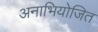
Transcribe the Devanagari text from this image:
अनाभियोजित